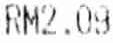
RM2.09